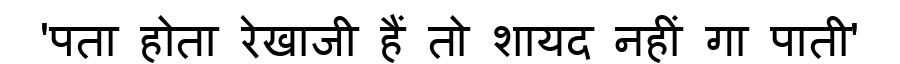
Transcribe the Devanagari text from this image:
'पता होता रेखाजी हैं तो शायद नहीं गा पाती'